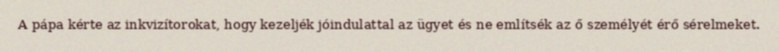
A pápa kérte az inkvizítorokat, hogy kezeljék jóindulattal az ügyet és ne említsék az ő személyét érő sérelmeket.